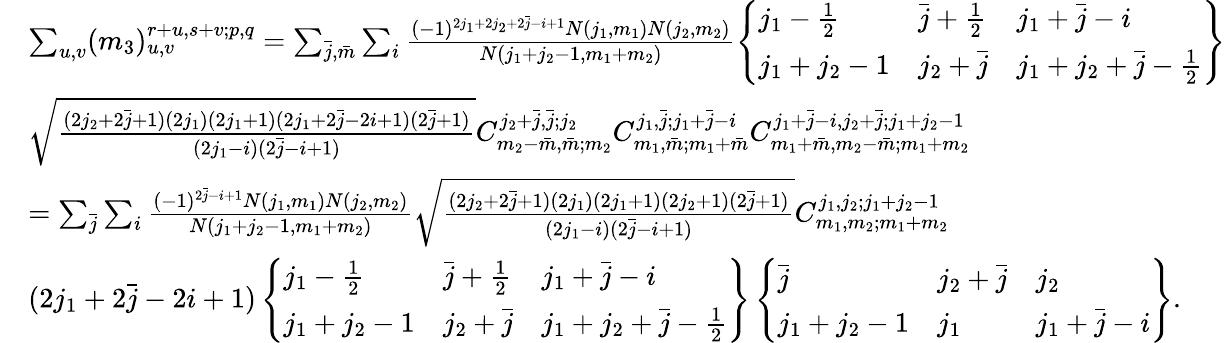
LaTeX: \begin{array}{rl}&{\sum_{u,v}(m_{3})_{u,v}^{r+u,s+v;p,q}=\sum_{\bar{j},\bar{m}}\sum_{i}\frac{(-1)^{2j_{1}+2j_{2}+2\bar{j}-i+1}N(j_{1},m_{1})N(j_{2},m_{2})}{N(j_{1}+j_{2}-1,m_{1}+m_{2})}\left\{ \begin{array}{lll}{j_{1}-\frac{1}{2}}&{\bar{j}+\frac{1}{2}}&{j_{1}+\bar{j}-i}\\ {j_{1}+j_{2}-1}&{j_{2}+\bar{j}}&{j_{1}+j_{2}+\bar{j}-\frac{1}{2}}\end{array}\right\} }\\ &{\sqrt{\frac{(2j_{2}+2\bar{j}+1)(2j_{1})(2j_{1}+1)(2j_{1}+2\bar{j}-2i+1)(2\bar{j}+1)}{(2j_{1}-i)(2\bar{j}-i+1)}}C_{m_{2}-\bar{m},\bar{m};m_{2}}^{j_{2}+\bar{j},\bar{j};j_{2}}C_{m_{1},\bar{m};m_{1}+\bar{m}}^{j_{1},\bar{j};j_{1}+\bar{j}-i}C_{m_{1}+\bar{m},m_{2}-\bar{m};m_{1}+m_{2}}^{j_{1}+\bar{j}-i,j_{2}+\bar{j};j_{1}+j_{2}-1}}\\ &{=\sum_{\bar{j}}\sum_{i}\frac{(-1)^{2\bar{j}-i+1}N(j_{1},m_{1})N(j_{2},m_{2})}{N(j_{1}+j_{2}-1,m_{1}+m_{2})}\sqrt{\frac{(2j_{2}+2\bar{j}+1)(2j_{1})(2j_{1}+1)(2j_{2}+1)(2\bar{j}+1)}{(2j_{1}-i)(2\bar{j}-i+1)}}C_{m_{1},m_{2};m_{1}+m_{2}}^{j_{1},j_{2};j_{1}+j_{2}-1}}\\ &{(2j_{1}+2\bar{j}-2i+1)\left\{ \begin{array}{lll}{j_{1}-\frac{1}{2}}&{\bar{j}+\frac{1}{2}}&{j_{1}+\bar{j}-i}\\ {j_{1}+j_{2}-1}&{j_{2}+\bar{j}}&{j_{1}+j_{2}+\bar{j}-\frac{1}{2}}\end{array}\right\} \left\{ \begin{array}{lll}{\bar{j}}&{j_{2}+\bar{j}}&{j_{2}}\\ {j_{1}+j_{2}-1}&{j_{1}}&{j_{1}+\bar{j}-i}\end{array}\right\} .}\end{array}